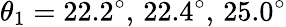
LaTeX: \theta_{1}=22.2^{\circ},\, 22.4^{\circ},\, 25.0^{\circ}